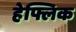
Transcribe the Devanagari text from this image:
हेफ्लिक